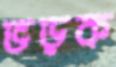
ভড়ক